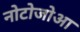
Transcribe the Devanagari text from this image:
नोटोजोआ